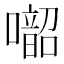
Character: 𱕑